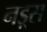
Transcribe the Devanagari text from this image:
नड़्स